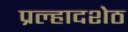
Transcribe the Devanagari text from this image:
प्रल्हादशेठ